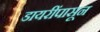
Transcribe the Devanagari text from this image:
डायरींपासून